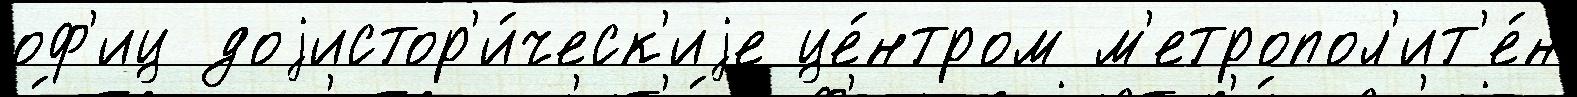
оф'иц доjистор'и́ческ'иjе це́нтром м'етропол'ит'е́н